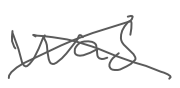
Text: was
Cross-out: cross
Writing tool: digital_gray